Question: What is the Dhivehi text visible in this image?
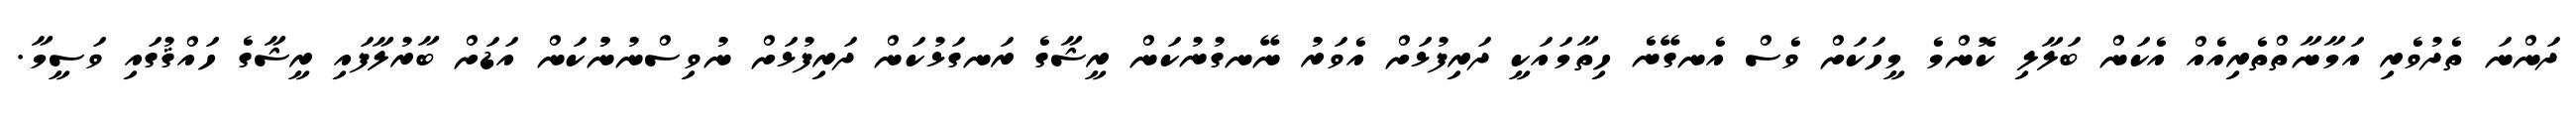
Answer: ދަންނަ ތެދުވެރި އަމާނާތްތެރިއެއް އެކަން ބަލާލި ކޮންމެ މީހަކަށް ވެސް އެނގޭނެ ހިތާމައަކީ ދަރިފުޅަށް އެވަރު ނޭނގުނުކަން ރީޝާގެ ރަނގަޅުކަން ދަރިފުޅަށް ނުވިސްނުނުުކަން އަޑަށް ބާރުލާފައި ރީޝާގެ ހައްޤުގައި ވަސީމާ.